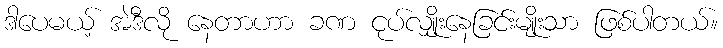
ဒါပေမယ့် အဲဒီလို နေတာဟာ ခဏ ငုပ်လျှိုးနေခြင်းမျိုးသာ ဖြစ်ပါတယ်။